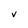
Character: V